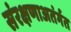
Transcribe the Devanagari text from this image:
संरक्षणाअतंर्गत